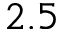
2 . 5